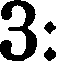
3: